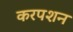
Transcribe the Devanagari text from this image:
करपशन